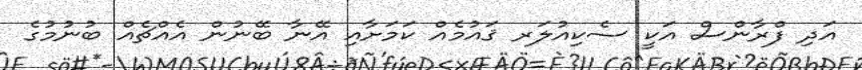
އަދި ފްރާންސް އަކީ ސެކިއުލަރ ޤައުމެއް ކަމަށާއި އޭނާ ބޭނުން އެއްޗެއް ބުނުމުގެ